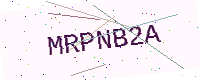
Text: MRPNB2A